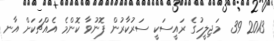
2013 39  މަޖިލީހުގެ ރައީސަކީ ސަރުކާރުން ފޮނުވާ ކޮންމެ އެއްޗަކަށް އާނ